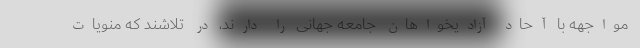
مواجهه با آحاد آزادیخواهان جامعه جهانی را دارند، در تلاشند که منویات